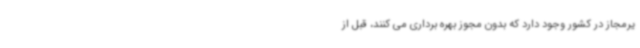
یرمجاز در کشور وجود دارد که بدون مجوز بهره برداری می کنند، قبل از